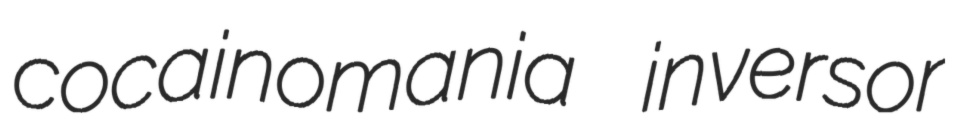
cocainomania inversor